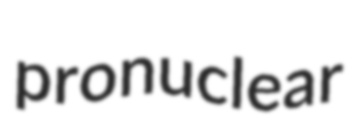
pronuclear